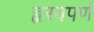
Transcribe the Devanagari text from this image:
हृस्वपर्ण